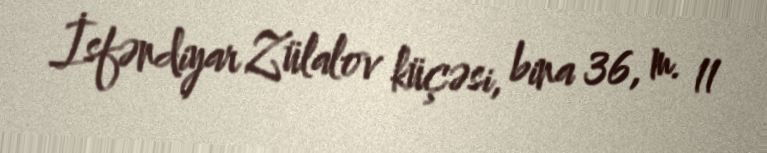
İsfəndiyar Zülalov küçəsi, bina 36, m. 11